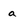
Character: a